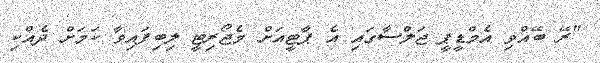
"ރޭ ބޭއްވި އެމްޑީޕީ ޖަލްސާގައި އެ ޕާޓީއަށް މެޖޯރިޓީ ލިބިފައިވާ ކަމަށް ދެއްކި